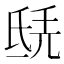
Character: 𣱎